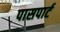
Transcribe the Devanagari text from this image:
पासपार्ट